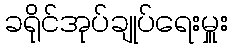
ခရိုင်အုပ်ချုပ်ရေးမှူး